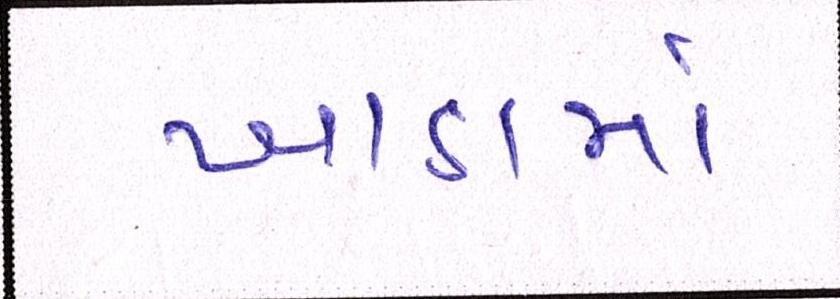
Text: ખાડામાં